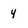
Character: 4